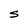
Character: S